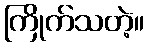
ကြိုက်သတဲ့။